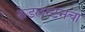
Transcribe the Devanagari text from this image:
केडलस्टनचा